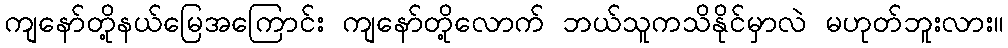
ကျနော်တို့နယ်မြေအကြောင်း ကျနော်တို့လောက် ဘယ်သူကသိနိုင်မှာလဲ မဟုတ်ဘူးလား။